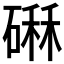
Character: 𥕆